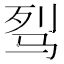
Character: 𩧮